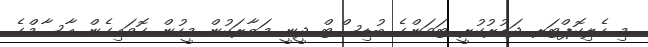
މި ހެލިކޮޕްޓަރ ދަތުރުކުރީ ޓަވަންގެ ބުޑިސްޓް ދީނީ މަޒާރަކުން މީހުން ގޮވައިގެން އާސާމްގެ